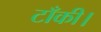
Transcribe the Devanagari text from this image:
टाँकी।